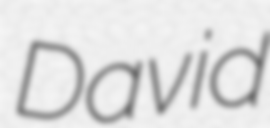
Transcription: David